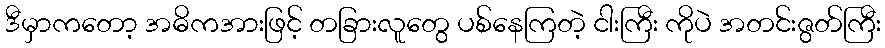
ဒီမှာကတော့ အဓိကအားဖြင့် တခြားလူတွေ ပစ်နေကြတဲ့ ငါးကြီး ကိုပဲ အတင်းဇွတ်ကြီး